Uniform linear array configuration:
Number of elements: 16
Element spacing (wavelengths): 1
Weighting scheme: hamming
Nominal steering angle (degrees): -15
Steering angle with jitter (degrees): -15.216
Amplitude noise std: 0.05
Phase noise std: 0.05

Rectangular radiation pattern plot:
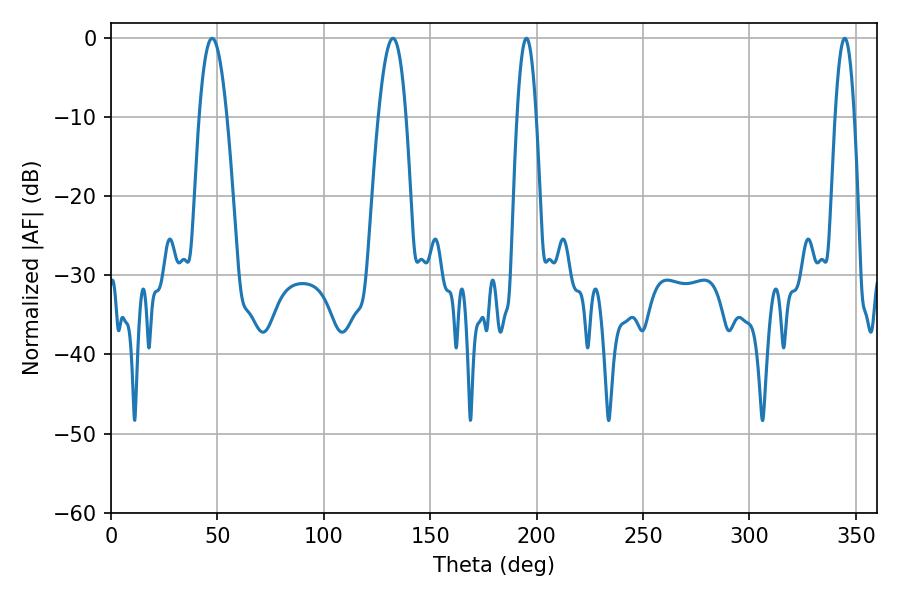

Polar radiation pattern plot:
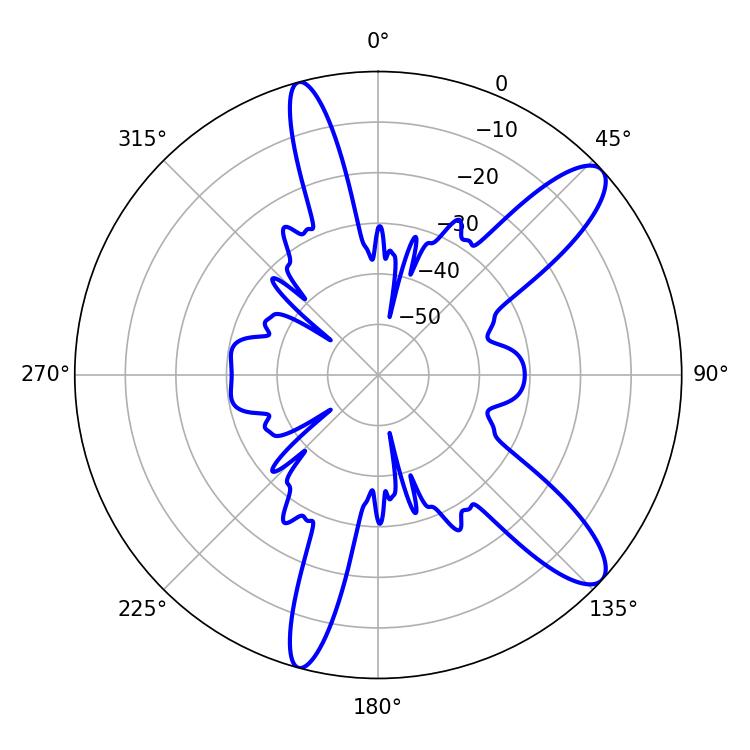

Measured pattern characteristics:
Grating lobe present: TRUE
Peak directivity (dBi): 11.256
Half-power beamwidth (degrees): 7.02
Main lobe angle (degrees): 47.52